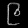
Digit: ၉